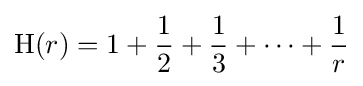
\mathrm {H} (r)=1+{\frac {1}{2}}+{\frac {1}{3}}+\cdots +{\frac {1}{r}}